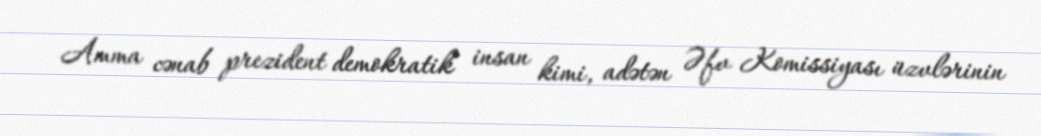
Amma cənab prezident demokratik insan kimi, adətən Əfv Komissiyası üzvlərinin